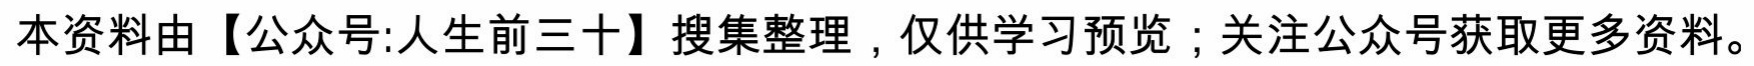
本资料由【公众号:人生前三十】搜集整理，仅供学习预览；关注公众号获取更多资料。